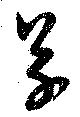
草